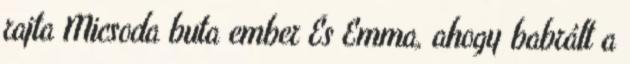
rajta Micsoda buta ember És Emma, ahogy babrált a